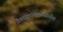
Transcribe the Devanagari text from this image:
जैवरसायनशास्त्रातील